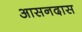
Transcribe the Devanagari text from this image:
आसनदास